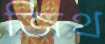
জিথ